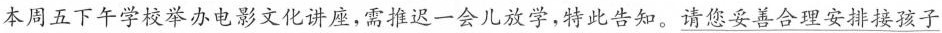
本周五下午学校举办电影文化讲座，需推迟一会儿放学，特此告知。请您妥善合理安排接孩子